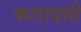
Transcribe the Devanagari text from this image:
कलादगी